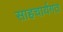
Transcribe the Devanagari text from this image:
साहचार्यगत